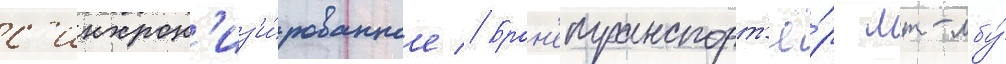
с'инхрон'из'и́рованное // Брон'етранспорт'ё́р мт-лбу́